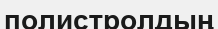
полистролдың